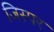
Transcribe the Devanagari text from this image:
जिस्पर